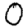
Digit: 0